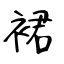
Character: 裙